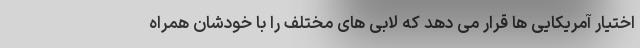
اختیار آمریکایی ها قرار می دهد که لابی های مختلف را با خودشان همراه